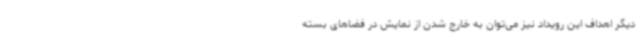
دیگر اهداف این رویداد نیز می‌توان به خارج شدن از نمایش در فضاهای بسته